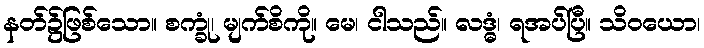
နတ်၌ဖြစ်သော။ စက္ခုံ၊ မျက်စိကို။ မေ၊ ငါသည်။ လဒ္ဓံ၊ ရအပ်ပြီ။ သိဝယော၊